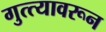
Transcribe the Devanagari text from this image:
गुत्त्यावरून